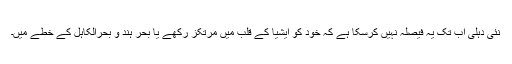
نئی دہلی اب تک یہ فیصلہ نہیں کرسکا ہے کہ خود کو ایشیا کے قلب میں مرتکز رکھے یا بحر ہند و بحرالکاہل کے خطے میں۔